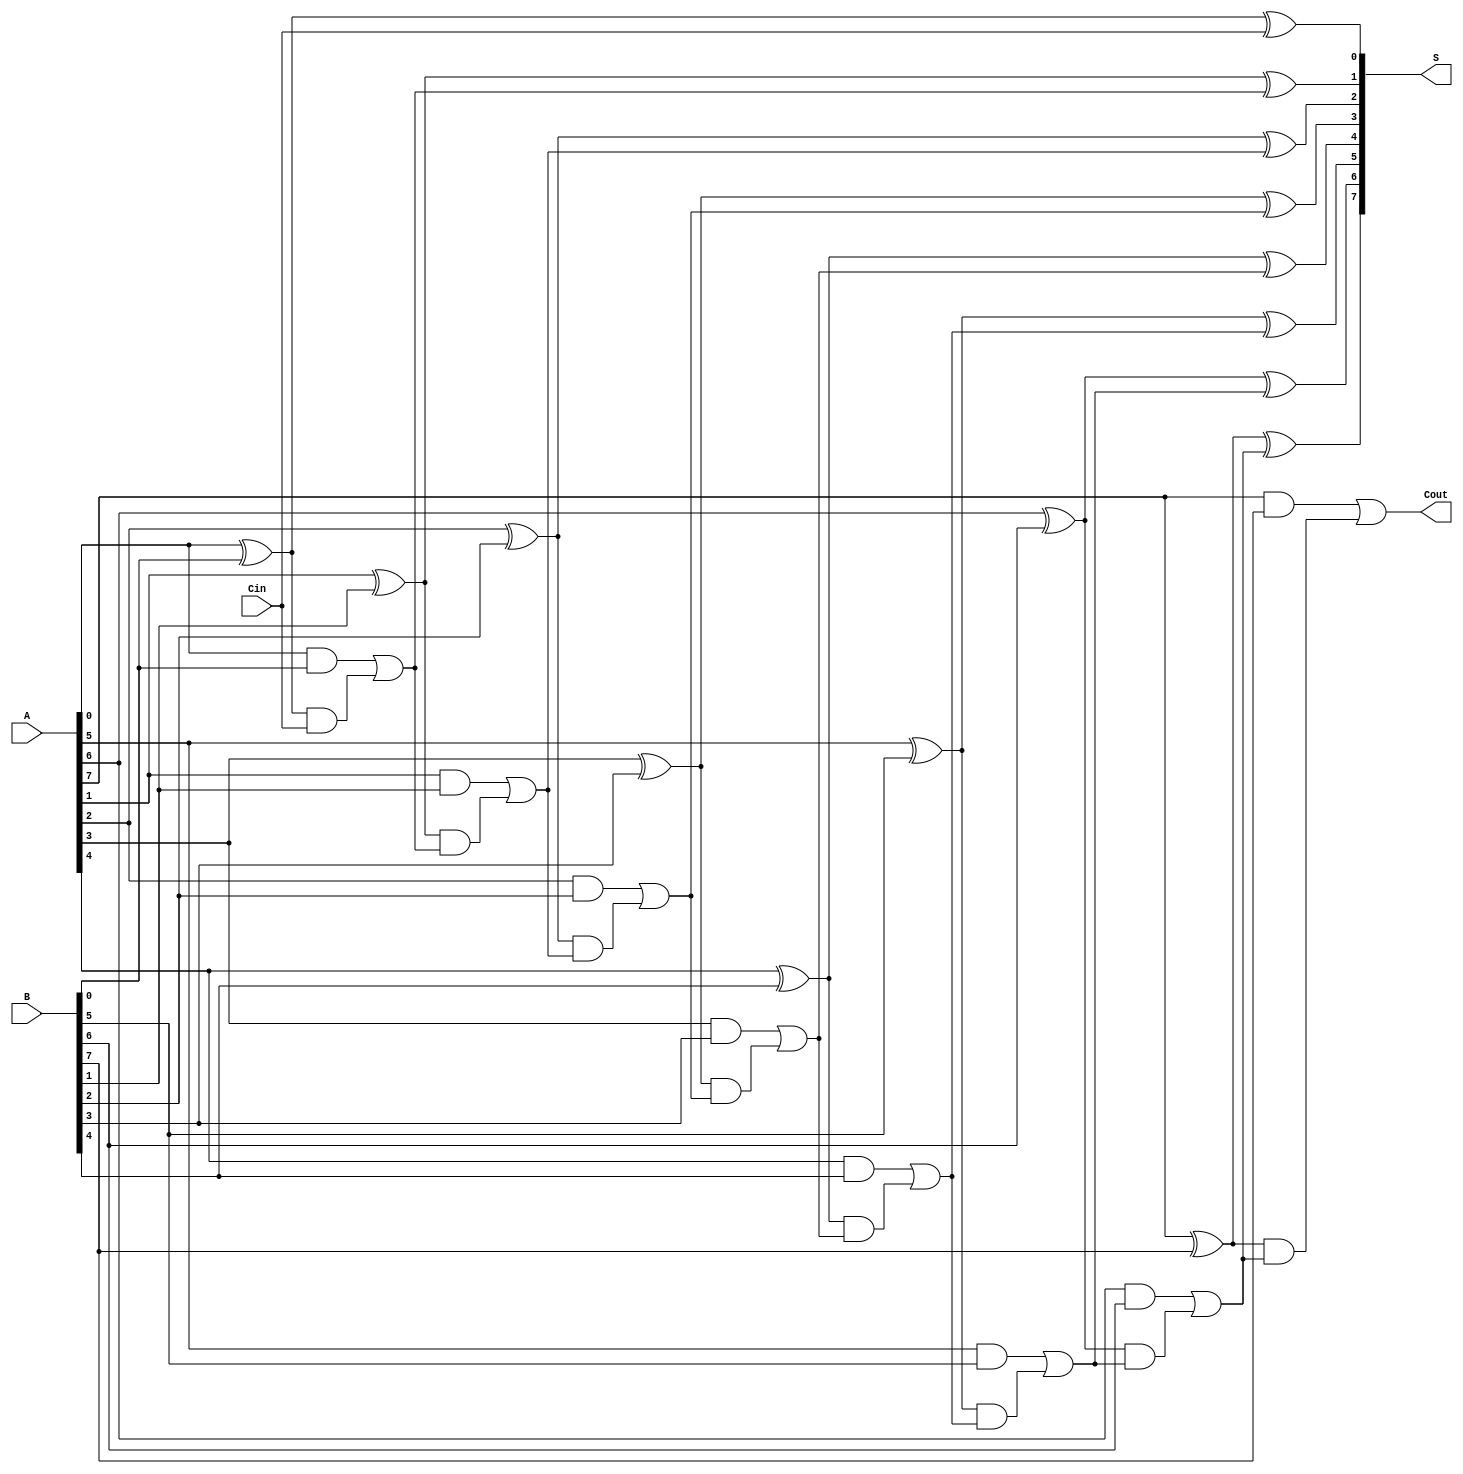
module ParallelPrefixAdder #(
    parameter N = 8 // Width of the binary numbers
) (
    input  wire [N-1:0] A,      // First operand
    input  wire [N-1:0] B,      // Second operand
    input  wire Cin,             // Carry-in
    output wire [N-1:0] S,      // Sum output
    output wire Cout             // Carry-out
);

    // Generate (G) and Propagate (P) signals
    wire [N-1:0] G, P;
    genvar i;
    generate
        for (i = 0; i < N; i = i + 1) begin : gen_prop
            assign G[i] = A[i] & B[i]; // Generate
            assign P[i] = A[i] ^ B[i]; // Propagate
        end
    endgenerate

    // Carry signals
    wire [N:0] C; // C[0] = Cin, C[1:N] = carries for bits 0 to N-1
    assign C[0] = Cin; // Initial carry-in

    // Kogge-Stone Prefix Network
    // Level 1
    generate
        for (i = 0; i < N; i = i + 1) begin : level1
            assign C[i+1] = G[i] | (P[i] & C[i]);
        end
    endgenerate

    // Sum calculation
    generate
        for (i = 0; i < N; i = i + 1) begin : sum_calc
            assign S[i] = P[i] ^ C[i]; // Sum calculation
        end
    endgenerate

    // Carry-out
    assign Cout = C[N];

endmodule